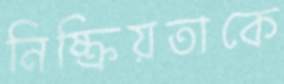
নিষ্ক্রিয়তাকে